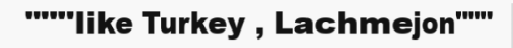
"""like Turkey , Lachmejon"""